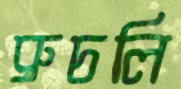
ব্রুচলি